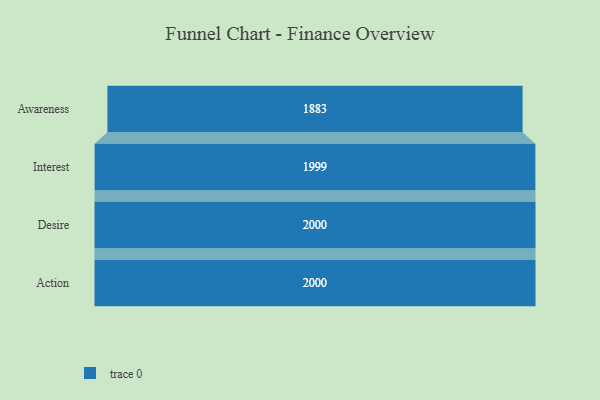
{"axis": {"x": "Stage", "y": "Value"}, "legend": [""], "data": [{"x": "Awareness", "y": 1883.0, "type": ""}, {"x": "Interest", "y": 1999.0, "type": ""}, {"x": "Desire", "y": 2000, "type": ""}, {"x": "Action", "y": 2000, "type": ""}]}